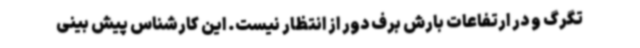
تگرگ و در ارتفاعات بارش برف دور از انتظار نیست. این کارشناس پیش بینی